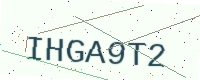
Text: IHGA9T2